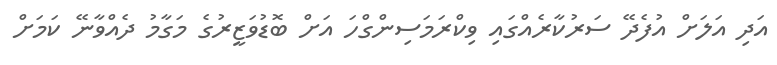
އަދި އަލަށް އުފެދޭ ސަރުކާރެއްގައި ވިކްރަމަސިންގްހަ އަށް ބޮޑުވަޒީރުގެ މަގާމު ދެއްވާނޭ ކަމަށް